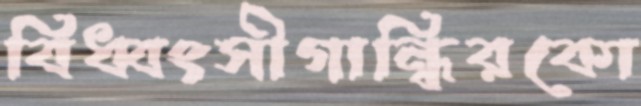
বিধ্বংসীগান্ধিরকো